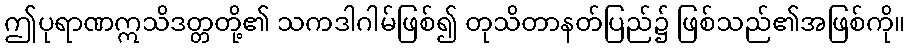
ဤပုရာဏဣသိဒတ္တတို့၏ သကဒါဂါမ်ဖြစ်၍ တုသိတာနတ်ပြည်၌ ဖြစ်သည်၏အဖြစ်ကို။